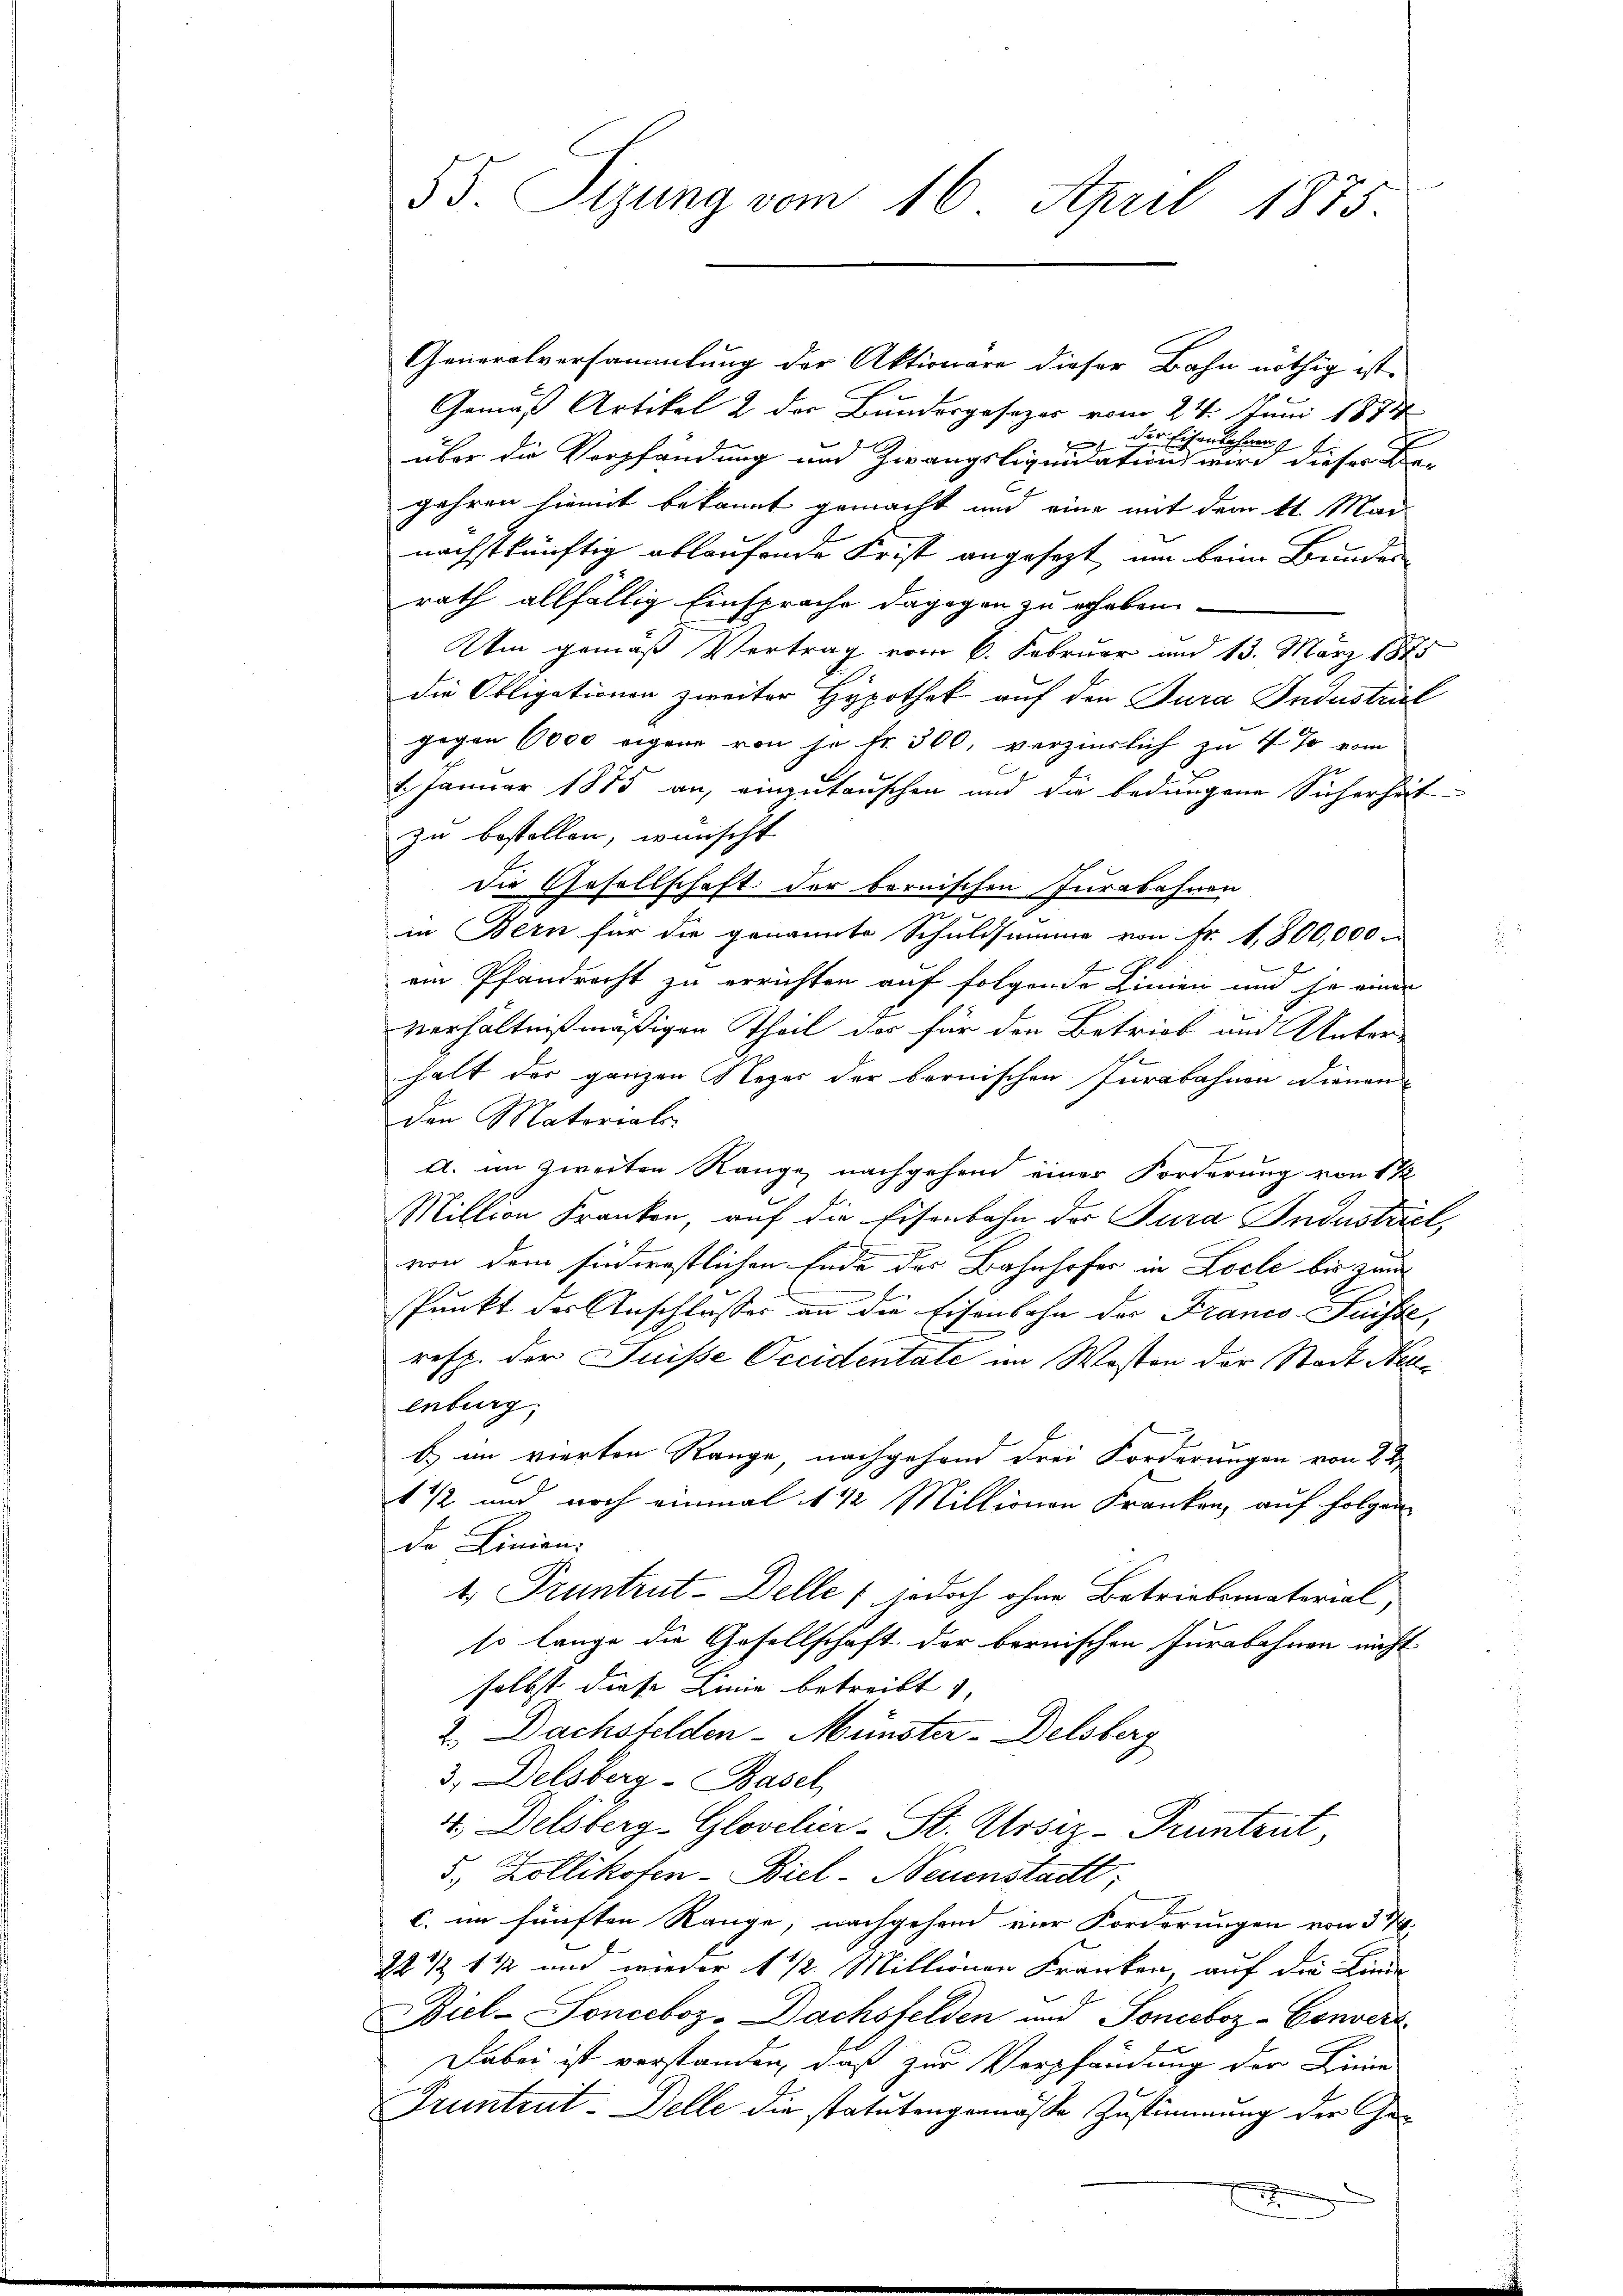
55. Sizung vom 16. April 1875.

Generalversammlung der Aktionare dieser Bahn nöthig ist,
Gemäß Artikel 2 der Bundergesezes vom 24. Juni 1874
 der Eisenbahnen g
über die Verpfandung und Zwangsliquidation wird dieser Begehren hiemit bekannt gemacht und eine mit dem St. Man
nächstkünftig ablaufende Frist angesezt, um beim Bunden
rath allfällig Einsprache dagegen zu erheben.
Um gemäß Vertrag vom 6. Februar und 13. März 1875
die Obligationen zweiter Hypothek auf den Jura Industral
gegen 6000 eigene von je Nr. 300, verzinslich zu 4% vom
2. Januar 1875 an, einzutauschen und die bedungene Sicherheit
zu bestellen, wünscht.
die Gesellschaft der bernischen Jurabahnen
in Bern für die genannte Schuldsumme von Fr. 1,800,000.
f
ein Pfandrecht zu errichten auf folgende Linien und je einen
verhältnißmäßigen Theil der für den Betrieb und Unterhalt der ganzen Neger der bernischen Jurabahnen Dienenden Matoriali
A. im zweiten Range nachgehend einer Forderung von 1 1/2
Million Franken, auf die Eisenbahn des Tura Industriel,
2
von dem Fuderestlichen Ende des Bahnhofer in Loche bis zum
spunkt der Anschlusses an die Eisenbahn der Franco Fuchte,
resp. der Juisse Occidentate im Wosten der Stadt Neuenburg,
b. im vierten Range nachgehend drei Forderungen von 24
1 1/2 und noch einmal 1 1/2 Millionen Franken, auf folgen
de Linien.
1.) Pruntrut-Delle jedoch ohne Betriebematerial
so lange die Gesellschaft der bernischen Jurabahnen nicht
selbst diese Linie betreibt). |
2., Dachsfelden-Münster-Delsberg
3., Delsberg-Basel
4. Delsberg-Gloveler-St. Ursiz-Pruntrut,
5., Zollikofen- Biel- Neuenstadt,
c. im fünften Range, nachgehend vier Forderungen von 51
22 ½ 1 1/2 und wieder 1 1/2 Millionen Franken, auf die Linie
Biel-Sonceboz-Dachsfelden und Soneboz -Converz
Dabei ist verstanden, daß zur Verpfändung der Linie
Pruntrut-Delle die statutengemäße Zustimmung der Gex